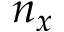
n _ { x }